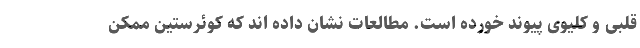
قلبی و کلیوی پیوند خورده است. مطالعات نشان داده اند که کوئرستین ممکن